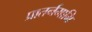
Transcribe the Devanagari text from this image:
प्रातर्नमामि